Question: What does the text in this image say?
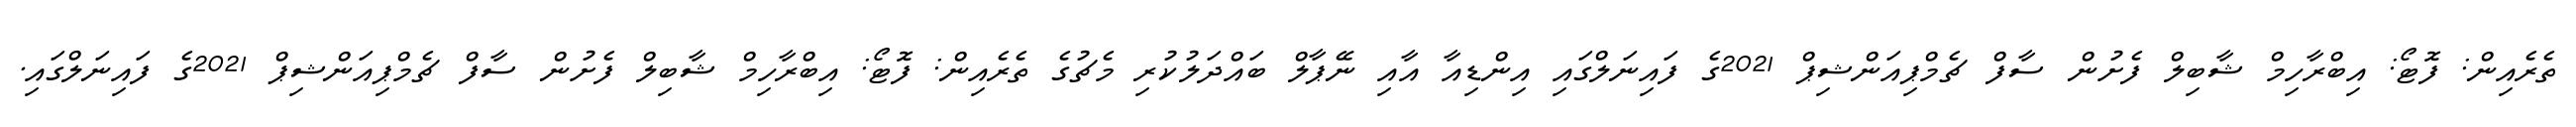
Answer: ތެރެއިން: ފޮޓޯ: އިބްރާހިމް ޝާބިލް ފެށުން ސާފް ޗެމްޕިއަންޝިޕް 2021ގެ ފައިނަލްގައި އިންޑިއާ އާއި ނޭޕާލް ބައްދަލުކުރި މެޗުގެ ތެރެއިން: ފޮޓޯ: އިބްރާހިމް ޝާބިލް ފެށުން ސާފް ޗެމްޕިއަންޝިޕް 2021ގެ ފައިނަލްގައި.